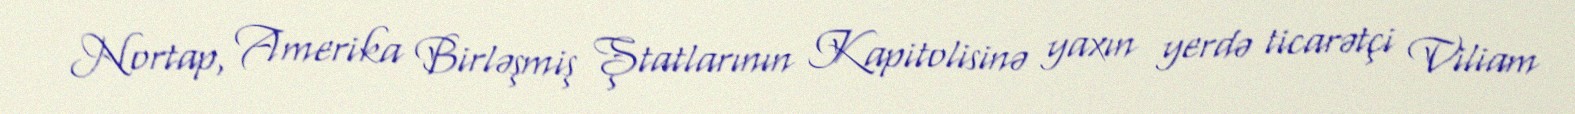
Nortap, Amerika Birləşmiş Ştatlarının Kapitolisinə yaxın yerdə ticarətçi Viliam